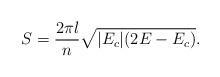
LaTeX: \begin{align*}S =\frac{2\pi l}{n}\sqrt{|E_c|(2E-E_c)}.\end{align*}